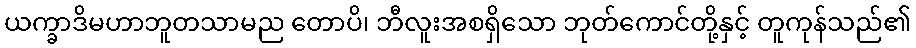
ယက္ခာဒိမဟာဘူတသာမည တောပိ၊ ဘီလူးအစရှိသော ဘုတ်ကောင်တို့နှင့် တူကုန်သည်၏